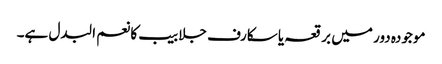
موجودہ دور میں برقعہ یا سکارف جلابیب کا نعم البدل ہے۔